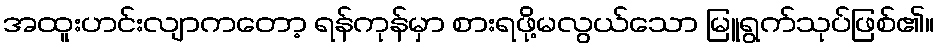
အထူးဟင်းလျာကတော့ ရန်ကုန်မှာ စားရဖို့မလွယ်သော မြူရွက်သုပ်ဖြစ်၏။